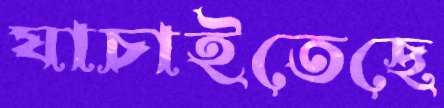
যাচাইতেছে